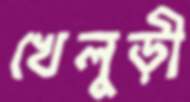
খেলুড়ী